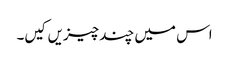
اس میں چند چیزیں کیں۔